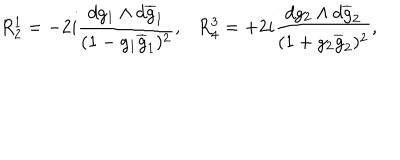
R _ { 2 } ^ { 1 } = - 2 i \frac { d g _ { 1 } \wedge d \overline { { { g } } } _ { 1 } } { ( 1 - g _ { 1 } \overline { { { g } } } _ { 1 } ) ^ { 2 } } , R _ { 4 } ^ { 3 } = + 2 i \frac { d g _ { 2 } \wedge d \overline { { { g } } } _ { 2 } } { ( 1 + g _ { 2 } \overline { { { g } } } _ { 2 } ) ^ { 2 } } ,